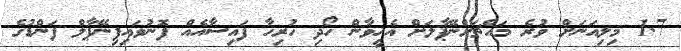
1.7 މިލިއަނަށް ވުރެ މައްޗަށްނޭޕާލަށް އެހީވާން ހޯދި ހުރިހާ ފައިސާއެއް ފޮނުވައިފިނޭޕާލް ފަންޑުގެ